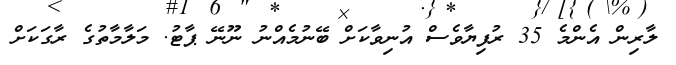
ލާރިން އެންމެ 35 ރުފިޔާވެސް އުނިވާކަށް ބޭނުމެއްނު ނޫނޭ ޕާޓު. މަލާމާތުގެ ރާގަކަށް